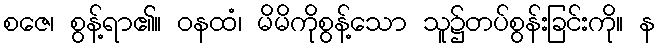
စဇေ၊ စွန့်ရာ၏။ ဝနထံ၊ မိမိကိုစွန့်သော သူ၌တပ်စွန်းခြင်းကို။ န